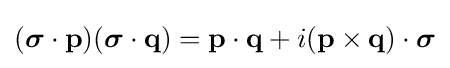
({\boldsymbol {\sigma }}\cdot \mathbf {p} )({\boldsymbol {\sigma }}\cdot \mathbf {q} )=\mathbf {p} \cdot \mathbf {q} +i(\mathbf {p} \times \mathbf {q} )\cdot {\boldsymbol {\sigma }}